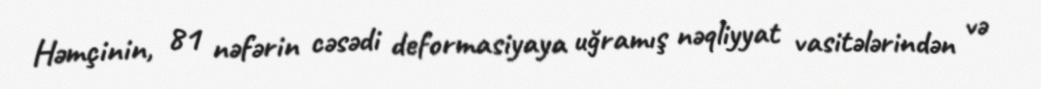
Həmçinin, 81 nəfərin cəsədi deformasiyaya uğramış nəqliyyat vasitələrindən və